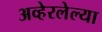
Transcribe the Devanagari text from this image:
अव्हेरलेल्या